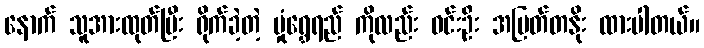
နောက် သူအားထုတ်ပြီး ရိုက်ခဲ့တဲ့ မှုံရွှေရည် ကိုလည်း ဝင်းဦး အမြတ်တနိုး ထားပါတယ်။